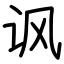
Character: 讽